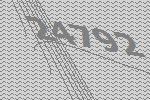
24792